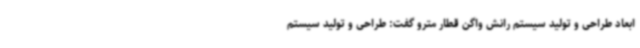
ابعاد طراحی و تولید سیستم رانش واگن قطار مترو گفت: طراحی و تولید سیستم